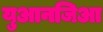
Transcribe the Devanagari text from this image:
युआनजिआ